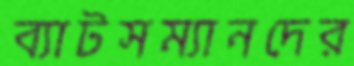
ব্যাটসম্যানদের